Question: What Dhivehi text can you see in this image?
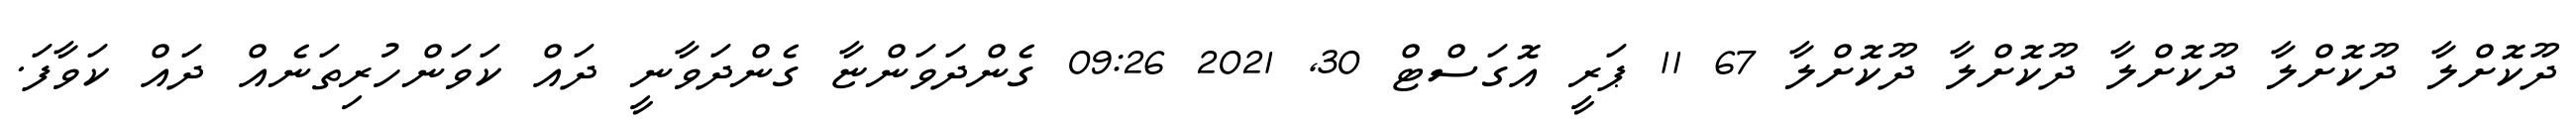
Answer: ދޫކޮށްލާ ދޫކޮށްލާ ދޫކޮށްލާ ދޫކޮށްލާ ދޫކޮށްލާ 67 11 ޕަރީ އޮގަސްޓް 30, 2021 09:26 ގެންދަވަންޏާ ގެންދަވާނީ ދައް ކަވަންހުރިތަނެއް ދައް ކަވާފަ.